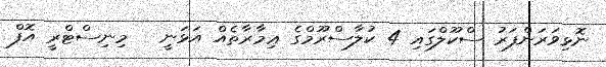
ނޮޅިވަރަންފަރު ސްކޫލްގައި 4 ކުލާސްރޫމްގެ ޢިމާރާތެއް އަޅަނީ   މިނިސްޓްރީ އޮފް